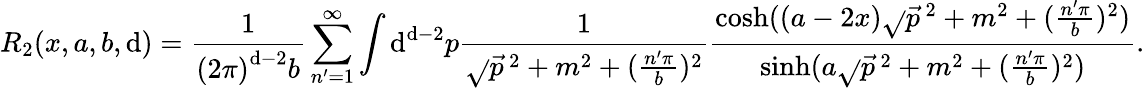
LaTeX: R_{2}(x,a,b,\mathrm{d})=\frac{{1}}{{\left(2\pi\right)^{\mathrm{d}-2}b}}\sum_{n^{\prime}=1}^{\infty}\int\mathrm{d}^{\mathrm{d}-2}p\frac{{1}}{{\sqrt{}{{\vec{{p}}^{\, 2}+m^{2}+(\frac{{n^{\prime}\pi}}{{b}})^{2}}}}}\frac{{\cosh((a-2x)\sqrt{}{{\vec{{p}}^{\, 2}+m^{2}+(\frac{{n^{\prime}\pi}}{{b}})^{2}}})}}{{\sinh(a\sqrt{}{{\vec{{p}}^{\, 2}+m^{2}+(\frac{{n^{\prime}\pi}}{{b}})^{2}}})}}.